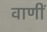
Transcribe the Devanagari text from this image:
वाणीं